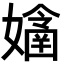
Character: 𡣊